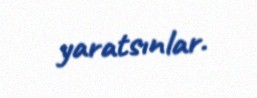
yaratsınlar.